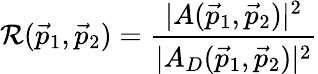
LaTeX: \mathcal{R}(\vec{{p}}_{1},\vec{{p}}_{2})=\frac{{|A(\vec{{p}}_{1},\vec{{p}}_{2})|^{2}}}{{|A_{D}(\vec{{p}}_{1},\vec{{p}}_{2})|^{2}}}